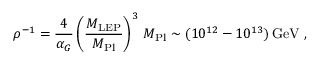
\rho ^ { - 1 } = { \frac { 4 } { \alpha _ { G } } } \left( { \frac { M _ { \mathrm { L E P } } } { M _ { \mathrm { P l } } } } \right) ^ { 3 } \, M _ { \mathrm { P l } } \sim ( 1 0 ^ { 1 2 } - 1 0 ^ { 1 3 } ) \, \mathrm { G e V } \ ,